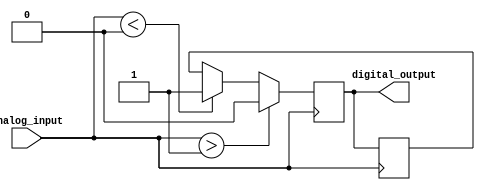
module schmitt_trigger_inverter (
  input wire analog_input,
  output reg digital_output
);

  parameter THRESHOLD_HIGH = 1'b1;
  parameter THRESHOLD_LOW = 1'b0;

  reg previous_output;

  always @ (posedge analog_input) begin
    if (analog_input > THRESHOLD_HIGH) begin
      digital_output <= 1'b0;
    end else if (analog_input < THRESHOLD_LOW) begin
      digital_output <= 1'b1;
    end else begin
      digital_output <= previous_output;
    end
    previous_output <= digital_output;
  end

endmodule